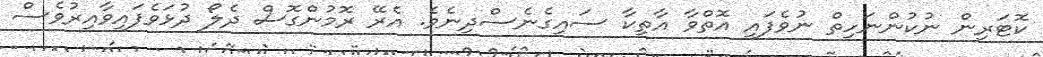
ކޮޓަރިން ނުކުންނަހިތް ނުވެފައި އޮތްވާ އާތިކާ ސައިގެނެސްދިނެވެ. އެރޭ ރޮމުންގޮސް ދެލޯ ދުޅަވެފައިވާއިރުވެސް